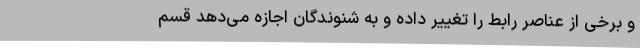
و برخی از عناصر رابط را تغییر داده و به شنوندگان اجازه می‌دهد قسم